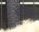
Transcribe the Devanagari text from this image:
ओरोबिका